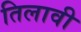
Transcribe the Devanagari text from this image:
तिलावी